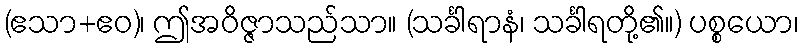
(ဧသာ+ဧဝ)၊ ဤအဝိဇ္ဇာသည်သာ။ (သင်္ခါရာနံ၊ သင်္ခါရတို့၏။) ပစ္စယော၊